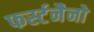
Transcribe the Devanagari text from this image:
फर्स्टनैनो